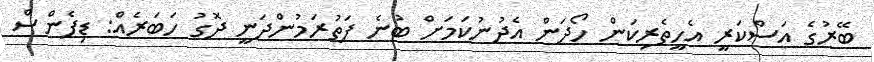
ބޭރުގެ އަސްކަރީ އެހީތެރިކަން ހޯދަން އެދުނުކަމަށް ބުނެ ފަތުރަމުންދަނީ ދޮގު ހަބަރެއް: ޑިފެންސް